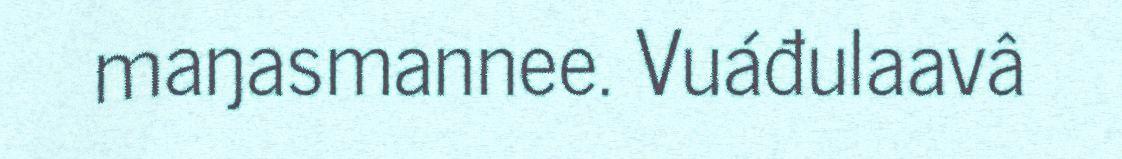
maŋasmannee. Vuáđulaavâ